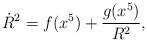
\begin{align*}\dot{R}^2 =f(x^5) + \frac{g(x^5)}{R^2} ,\end{align*}